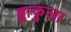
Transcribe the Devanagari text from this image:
ब्लाकुला